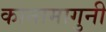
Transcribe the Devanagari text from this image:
कानामागुनी